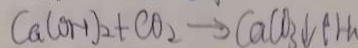
C a ( O H ) _ { 2 } + C O _ { 2 } \rightarrow C a C O _ { 3 } \downarrow t H